Madras plague regulations and rules - Volume 2
Disease focus: Plague
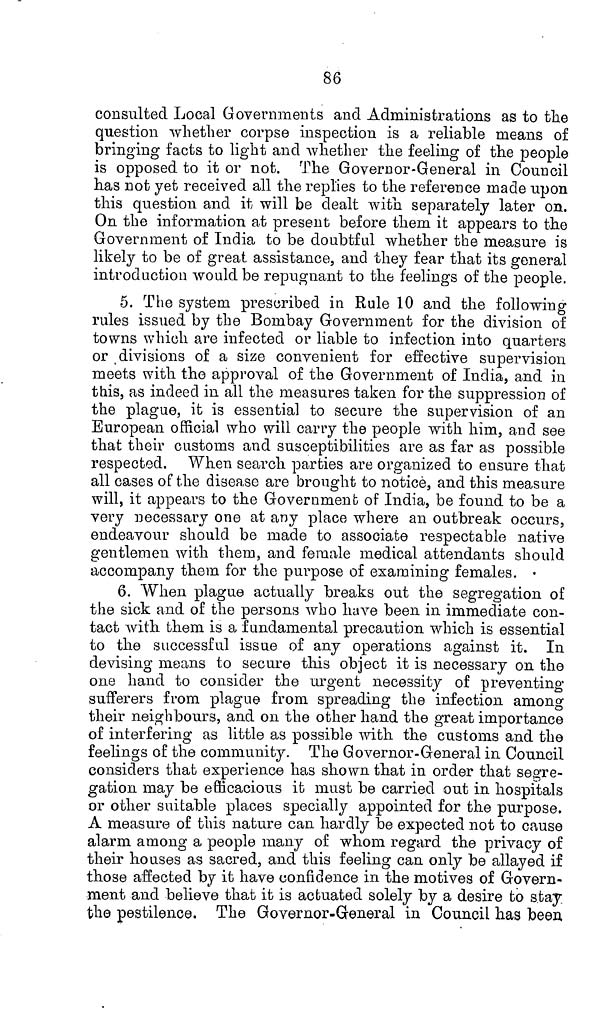
86
consulted Local Governments and Administrations as to the
question whether corpse inspection is a reliable means of
bringing facts to light and whether the feeling of the people
is opposed to it or not. The Govern or-General in Council
has not yet received all the replies to the reference made upon
this question and it will be dealt with separately later on.
On the information at present before them it appears to the
Government of India to be doubtful whether the measure is
likely to be of great assistance, and they fear that its general
introduction would be repugnant to the feelings of the people.
5. The system prescribed in Rule 10 and the following
rules issued by the Bombay Government for the division of
towns which are infected or liable to infection into quarters
or divisions of a size convenient for effective supervision
meets with the approval of the Government of India, and in
this, as indeed in all the measures taken for the suppression of
the plague, it is essential to secure the supervision of an
European official who will carry the people with him, and see
that their customs and susceptibilities are as far as possible
respected. When search parties are organized to ensure that
all cases of the disease are brought to notice, and this measure
will, it appears to the Government of India, be found to be a
very necessary one at any place where an outbreak occurs,
endeavour should be made to associate respectable native
gentlemen with them, and female medical attendants should
accompany them for the purpose of examining females.
6. When plague actually breaks out the segregation of
the sick and of the persons who have been in immediate con-
tact with them is a fundamental precaution which is essential
to the successful issue of any operations against it. In
devising means to secure this object it is necessary on the
one hand to consider the urgent necessity of preventing
sufferers from plague from spreading the infection among
their neighbours, and on the other hand the great importance
of interfering as little as possible with the customs and the
feelings of the community. The Governor-General in Council
considers that experience has shown that in order that segre-
gation may be efficacious it must be carried out in hospitals
or other suitable places specially appointed for the purpose.
A measure of this nature can hardly be expected not to cause
alarm among a people many of whom regard the privacy of
their houses as sacred, and this feeling can only be allayed if
those affected by it have confidence in the motives of Govern-
ment and believe that it is actuated solely by a desire to stay
the pestilence. The Governor-General in Council has been